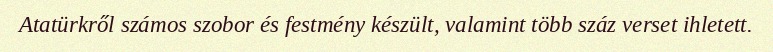
Atatürkről számos szobor és festmény készült, valamint több száz verset ihletett.